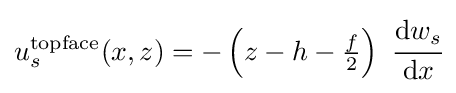
u_{s}^{\mathrm {topface} }(x,z)=-\left(z-h-{\tfrac {f}{2}}\right)~{\cfrac {\mathrm {d} w_{s}}{\mathrm {d} x}}